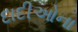
દાદીઓના